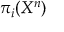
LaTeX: \pi _ { i } ( X ^ { n } )